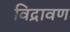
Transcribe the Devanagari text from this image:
विद्रावण